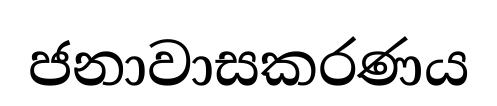
ජනාවාසකරණය